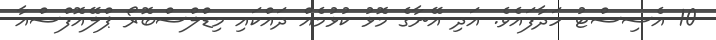
10 އެސިސްޓު ހަދާފައެވެ. އަދި އޭނާގެ މޮޅު ކުޅުމެއް ދައްކައި މިޑްލްސްބޮރޯ ޕްލޭއޮފްސްއާ